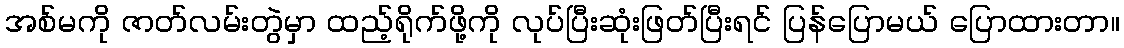
အစ်မကို ဇာတ်လမ်းတွဲမှာ ထည့်ရိုက်ဖို့ကို လုပ်ပြီးဆုံးဖြတ်ပြီးရင် ပြန်ပြောမယ် ပြောထားတာ။